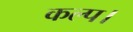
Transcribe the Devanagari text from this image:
कल्प।